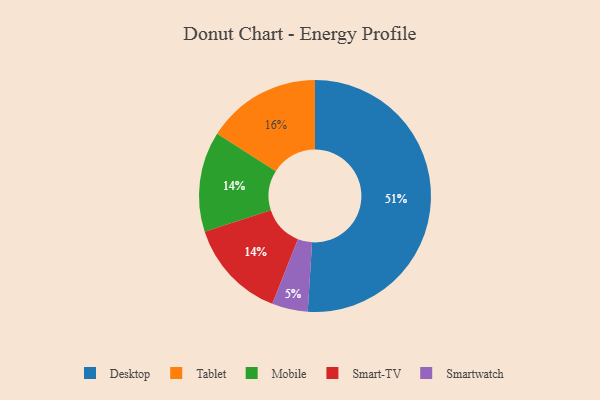
{"axis": {"x": "Category", "y": "Percentage"}, "legend": ["Desktop", "Mobile", "Smart-TV", "Smartwatch", "Tablet"], "data": [{"x": "Tablet", "y": 16, "type": "Tablet"}, {"x": "Desktop", "y": 51, "type": "Desktop"}, {"x": "Smartwatch", "y": 5, "type": "Smartwatch"}, {"x": "Mobile", "y": 14, "type": "Mobile"}, {"x": "Smart-TV", "y": 14, "type": "Smart-TV"}]}